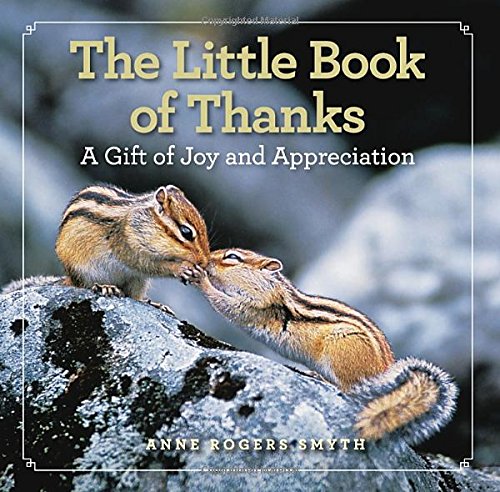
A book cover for The Little Book of Thanks: A Gift of Joy and Appreciation; Anne Rogers Smyth; Politics & Social Sciences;